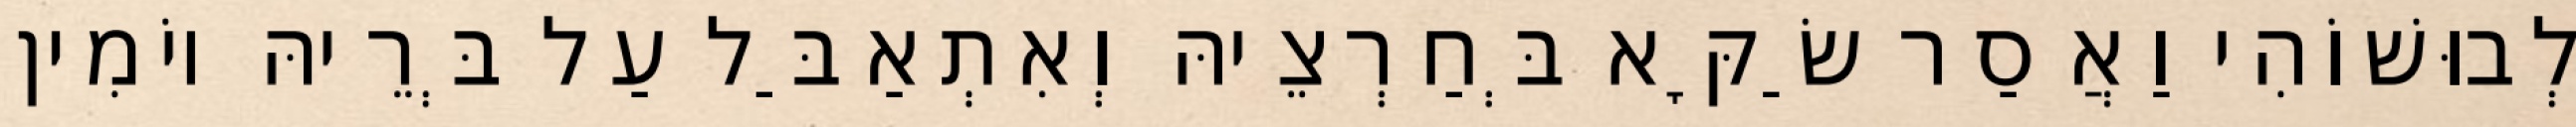
לְבוּשׁוֹהִי וַאֲסַר שַׂקָּא בְּחַרְצֵיהּ וְאִתְאַבַּל עַל בְּרֵיהּ יוֹמִין